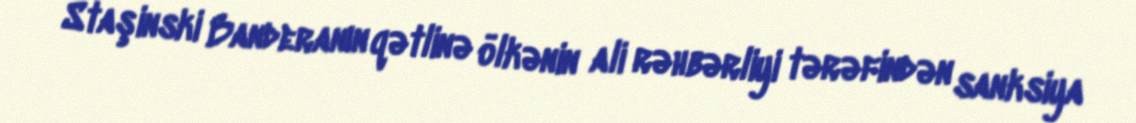
Staşinski Banderanın qətlinə ölkənin ali rəhbərliyi tərəfindən sanksiya